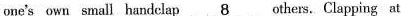
one's own small handclap \underline{8} others. Clapping at